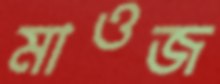
মাওজ